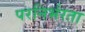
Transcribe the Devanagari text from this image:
परनिर्भरता